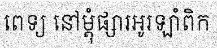
ពេទ្យ នៅម្តុំផ្សារអូរឡាំពិក